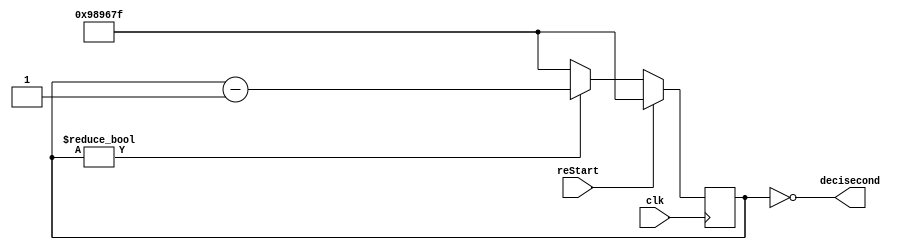
// OneDecisecondPace.v
// EE 2390 Fall2016
// Jerry C. Hamann Fall 2016
//
module OneDecisecondPace(decisecond,clk,reStart);
    output  decisecond;
    input   clk, reStart;

    // 100MHz/0.1Hz = 10^7; log_2(10^7) = 23.253...
    parameter   MAXCOUNT=(24'd10_000_000-1);
    reg [24:1]  countValue;

    always @(posedge clk)
        if(reStart)
            countValue <= MAXCOUNT;
        else
            countValue <= (countValue ? countValue-1 : MAXCOUNT);

    assign decisecond = !countValue;
endmodule